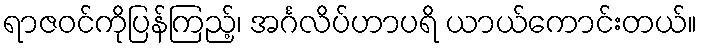
ရာဇဝင်ကိုပြန်ကြည့်၊ အင်္ဂလိပ်ဟာပရိ ယာယ်ကောင်းတယ်။